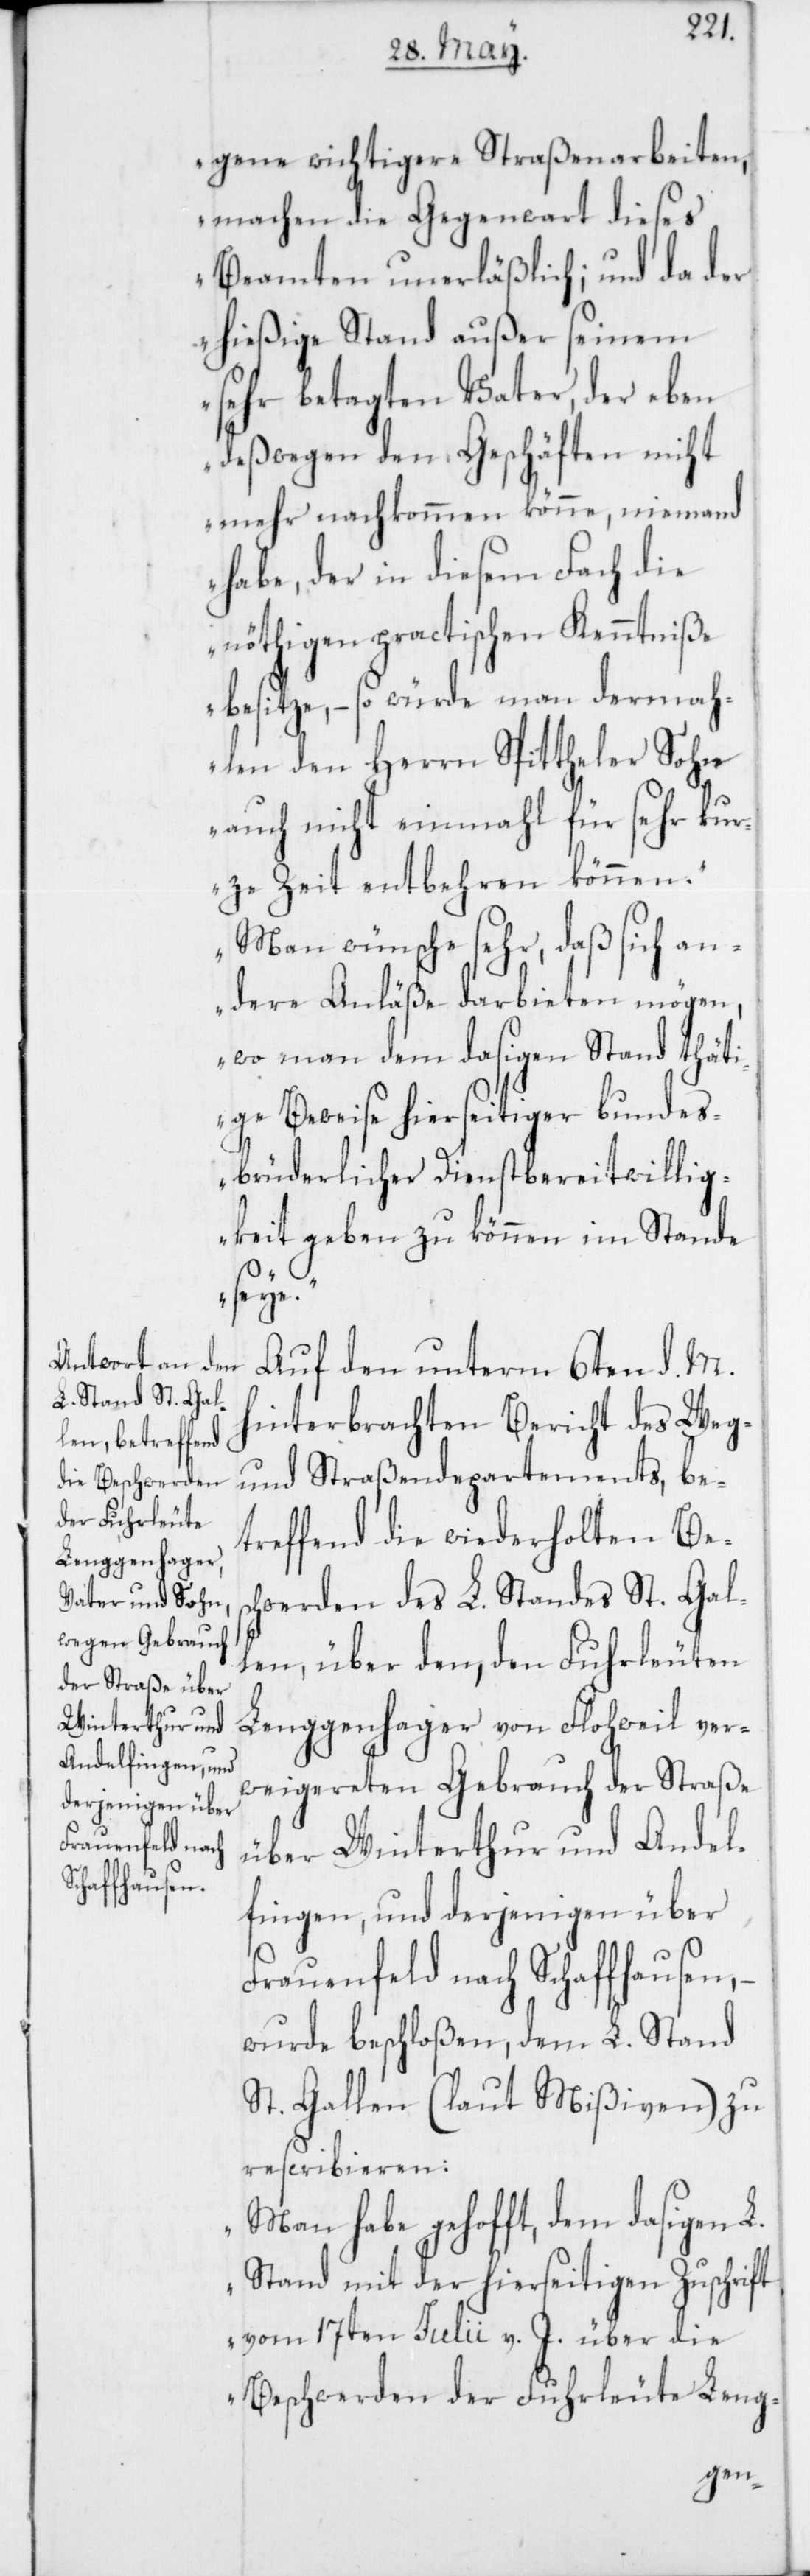
gene wichtigere Straßenarbeiten,
machen die Gegenwart dieses
Beamten unerläßlich; und da der
hießige Stand außer seinem
sehr betagten Vater, der eben
deßwegen den Geschäften nicht
mehr nachkommen könne, niemand
habe, der in diesem Fach die
nöthigen practischen Kenntniße
besitze, – so würde man dermah¬
len den Herrn Spittheler Sohn
auch nicht einmahl für sehr kur¬
ze Zeit entbehren können.
Man wünsche sehr, daß sich an¬
dere Anläße darbieten mögen,
wo man dem dasigen Stand thät¬
ige Beweise hierseitiger bundes¬
brüderlicher Dienstbereitwillig¬
keit geben zu können im Stande
seye.“
Auf den unterm 6ten d. M.
hinterbrachten Bericht des Weg-
und Straßendepartements, be¬
treffend die wiederholten Bes¬
chwerden des L. Standes St. Gal¬
len, über den, den Fuhrleuten
Lenggenhager von Flohweil ver¬
weigereten Gebrauch der Straße
über Winterthur und Andel¬
fingen, und derjenigen über
Frauenfeld nach Schaffhausen,
wurde beschloßen, dem L. Stand
St. Gallen (laut Mißiven) zu
rescribieren:
„Man habe gehofft, dem dasigen L.
Stand mit der hierseitigen Zuschrift
vom 17ten Julii v. J. über die
Beschwerden der Fuhrleute Leng-